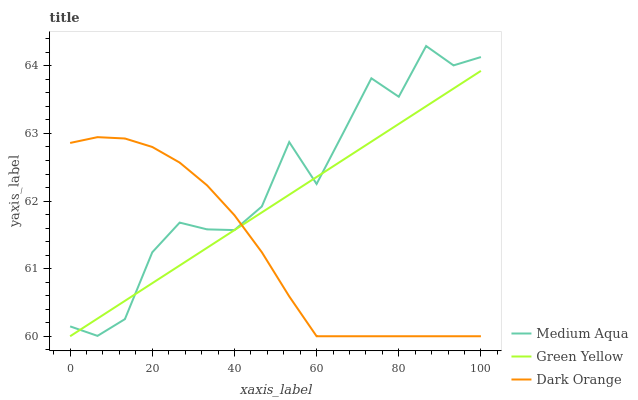
| xaxis_label | Medium Aqua | Green Yellow | Dark Orange |
 | --- | --- | --- | --- |
 | 0 | 60.1 | 60 | 62.9 |
 | 6.67 | 60 | 60.3 | 62.9 |
 | 13.3 | 60.3 | 60.5 | 62.9 |
 | 20 | 61.2 | 60.8 | 62.8 |
 | 26.7 | 61.7 | 61 | 62.6 |
 | 33.3 | 61.6 | 61.3 | 62.2 |
 | 40 | 61.6 | 61.6 | 61.8 |
 | 46.7 | 61.9 | 61.8 | 61.2 |
 | 53.3 | 62.9 | 62.1 | 60.6 |
 | 60 | 62.3 | 62.4 | 60 |
 | 66.7 | 63 | 62.6 | 60 |
 | 73.3 | 63.8 | 62.9 | 60 |
 | 80 | 63.5 | 63.1 | 60 |
 | 86.7 | 64.3 | 63.4 | 60 |
 | 93.3 | 64 | 63.7 | 60 |
 | 100 | 64.1 | 63.9 | 60 |